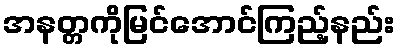
အနတ္တကိုမြင်အောင်ကြည့်နည်း